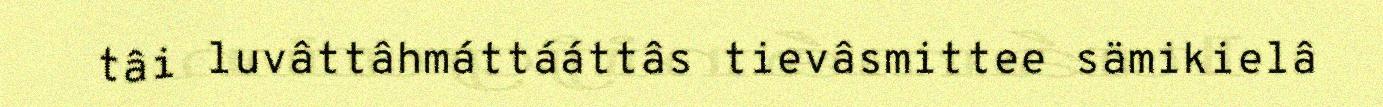
tâi luvâttâhmáttááttâs tievâsmittee sämikielâ